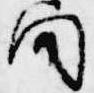
間